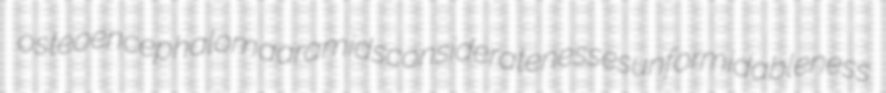
osteoencephaloma aramids consideratenesses unformidableness